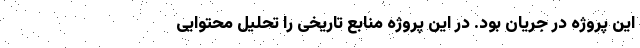
این پروژه در جریان بود. در این پروژه منابع تاریخی را تحلیل محتوایی